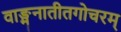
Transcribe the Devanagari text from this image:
वाङ्मनातीतगोचरम्